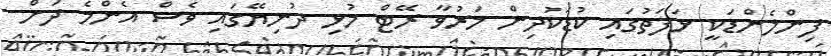
ފިންލެންޑަކީ ޅަފަތުގައި ކުޑަކުދިން މަރުވާ ރޭޓް މުޅި ދުނިޔޭގައި ވެސް އެންމެ ދަށް